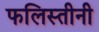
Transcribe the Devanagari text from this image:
फलिस्तीनी